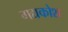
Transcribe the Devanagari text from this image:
गद्यकोश